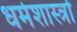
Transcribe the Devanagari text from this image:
धर्मशास्‍त्रों